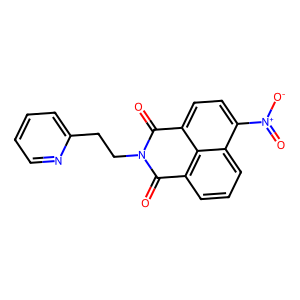
SMILES: O=C1c2cccc3c([N+](=O)[O-])ccc(c23)C(=O)N1CCc1ccccn1
Inhibits HIV replication: No